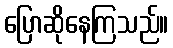
ပြောဆိုနေကြသည်။